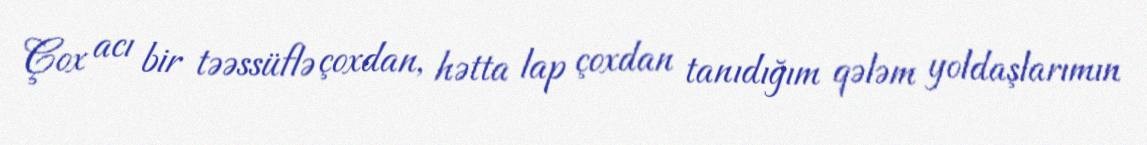
Çox acı bir təəssüflə çoxdan, hətta lap çoxdan tanıdığım qələm yoldaşlarımın